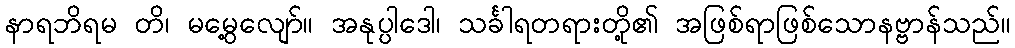
နာရဘိရမ တိ၊ မမွေ့လျော်။ အနုပ္ပါဒေါ၊ သင်္ခါရတရားတို့၏ အဖြစ်ရာဖြစ်သောနဗ္ဗာန်သည်။